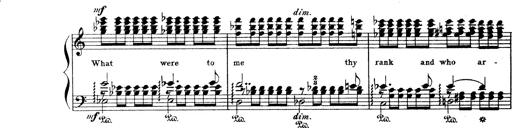
Title: Wagner-Liszt Album
Composer: Franz Liszt